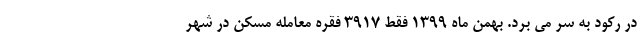
در رکود به سر می برد. بهمن ماه ۱۳۹۹ فقط ۳۹۱۷ فقره معامله مسکن در شهر